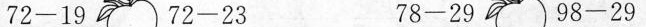
$$72-19$$$$72-23$$$$78-29$$$$98-29$$